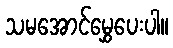
သမအောင်မွှေပေးပါ။